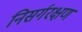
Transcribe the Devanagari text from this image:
निसर्गरक्षण